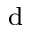
^ \mathrm { d }